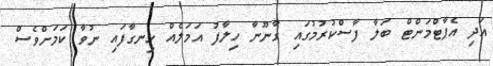
އަދި އެޕާޓްމަންޓް ބަލާ ފާސްކުރުމުގައި ގާނޫނާ ހިލާފު އަމަލެއް ހިނގާފައި ނުވާ ކަމަށްވެސް